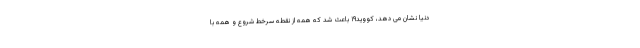
دنیا نشان می دهد، کووید۱۹ باعث شد که همه از نقطه سرخط شروع و همه با